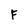
Character: F